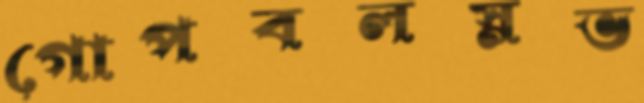
গোপবলস্নভ